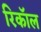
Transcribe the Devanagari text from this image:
रिकाॅल